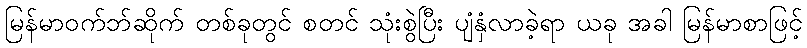
မြန်မာဝက်ဘ်ဆိုက် တစ်ခုတွင် စတင် သုံးစွဲပြီး ပျံနှံလာခဲ့ရာ ယခု အခါ မြန်မာစာဖြင့်